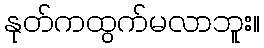
နုတ်ကထွက်မလာဘူး။